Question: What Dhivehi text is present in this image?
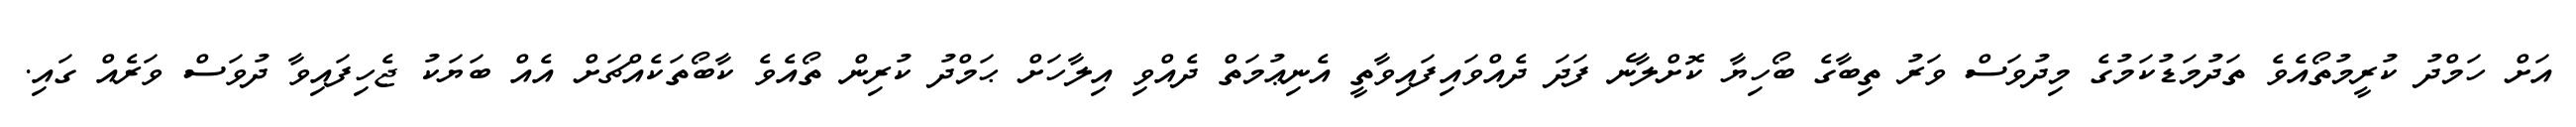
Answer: އަށް ހަމްދު ކުރީމުތޯއެވެ ތަދުމަޑުކަމުގެ މިދުވަސް ވަރު ތިބާގެ ބޯހިޔާ ކޮށްލާނެ ފަދަ ދެއްވައިފައިވާތީ އެނިޢުމަތް ދެއްވި އިލާހަށް ޙަމްދު ކުރިން ތޯއެވެ ކާބޯތަކެއްޗަށް އެއް ބަޔަކު ޖެހިފައިވާ ދުވަސް ވަރެއް ގައި.